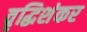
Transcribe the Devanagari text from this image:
वृद्धिशंकर